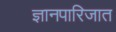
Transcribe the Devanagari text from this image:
ज्ञानपारिजात